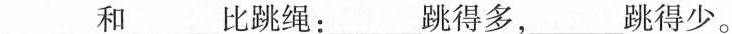
___和___比跳绳：___跳得多，___跳得少。